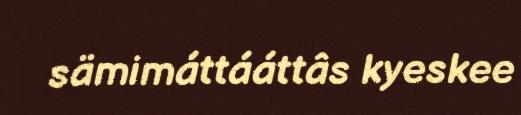
sämimáttááttâs kyeskee